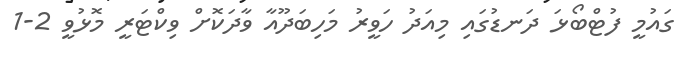
ގައުމީ ފުޓްބޯޅަ ދަނޑުގައި މިއަދު ހަވީރު މަހިބަދޫއާ ވާދަކޮށް ވިކްޓަރީ މޮޅުވީ 2-1